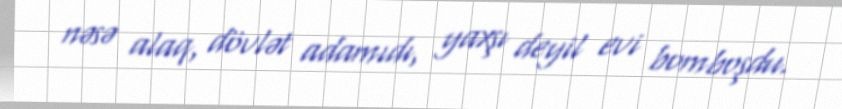
nəsə alaq, dövlət adamıdı, yaxşı deyil evi bomboşdu.